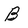
Character: B